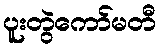
ပူးတွဲကော်မတီ